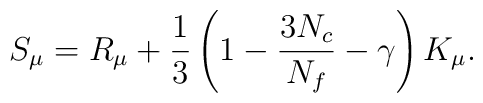
S_{\mu }=R_{\mu }+\frac{1}{3}\left( 1-\frac{3N_{c}}{N_{f}}-\gamma \right)K_{\mu }.